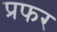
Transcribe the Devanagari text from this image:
प्रफर